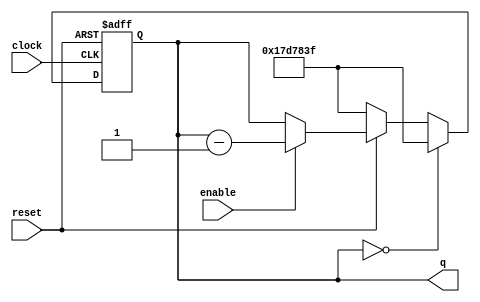
module counterDown(clock, enable, q, reset);
	parameter n=25;
	input clock, enable, reset;
	output reg [n-1:0] q;
	always @(posedge clock, negedge reset)
		begin
			if (reset==0)
				q<=0;
			else if (q == 25'b0000000000000000000000000)		
				q <= 25'b1011111010111100000111111;
			else if(!reset) 
				q <= 25'b1011111010111100000111111;
			else if(enable)
				q<=q-1;
		end
endmodule
	

module shift13bit(d, clock, reset, load, shift, out);

	input [12:0]d;
	input clock, reset, load, shift;
	output out;
	reg [12:0]q;
	
	always @ (posedge clock,negedge reset)
	begin
		if(reset==0)
			q<=0;
		else if(!load)
			q<=d;
		else if(shift == 1) begin
			q[12]<=q[11];
			q[11]<=q[10];
			q[10]<=q[9];
			q[9]<=q[8];
			q[8]<=q[7];
			q[7]<=q[6];
			q[6]<=q[5];
			q[5]<=q[4];
			q[4]<=q[3];
			q[3]<=q[2];
			q[2]<=q[1];
			q[1]<=q[0];
			q[0]<=0;
		end
	end
		assign out=q[12];
endmodule


module muxey(switch, letterOut);
	input [2:0]switch;
	wire [12:0]letter1 = 13'b1010000000000;
	wire [12:0]letter2 = 13'b1011101110111;
	wire [12:0]letter3 = 13'b1110101110000;
	wire [12:0]letter4 = 13'b1011101010000;
	wire [12:0]letter5 = 13'b1110111000000;
	wire [12:0]letter6 = 13'b1110100000000;
	wire [12:0]letter7 = 13'b1110111011100;
	wire [12:0]letter8 = 13'b1011101110100;
	
	output reg [12:0]letterOut;
	always @(*)
		begin
			case (switch[2:0])
				3'b000: letterOut = letter1;
				3'b001: letterOut = letter2;
				3'b010: letterOut = letter3;
				3'b011: letterOut = letter4;
				3'b100: letterOut = letter5;
				3'b101: letterOut = letter6;
				3'b110: letterOut = letter7;
				3'b111: letterOut = letter8;
				default: letterOut = letter1;
			endcase
	end
endmodule

module morseCode(LEDR, SW, CLOCK_50, KEY);
	input CLOCK_50;
	output [9:0]LEDR;
	input [2:0]SW;
	wire [12:0]letterOut;
	input [1:0]KEY;
	wire [24:0]downout;
	wire q;
	muxey u1(SW,letterOut);
	counterDown u2(CLOCK_50, KEY[1], downout, KEY[0]);
	assign enable = (downout == 0)?1:0;
	shift13bit u3(letterOut, CLOCK_50, KEY[0], KEY[1], enable, q);
	assign LEDR[0] = q;
endmodule